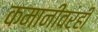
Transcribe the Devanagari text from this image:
कमानीवरही